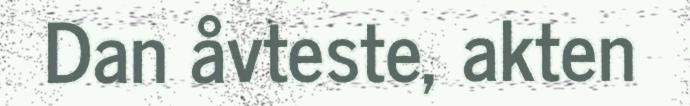
Dan åvteste, akten